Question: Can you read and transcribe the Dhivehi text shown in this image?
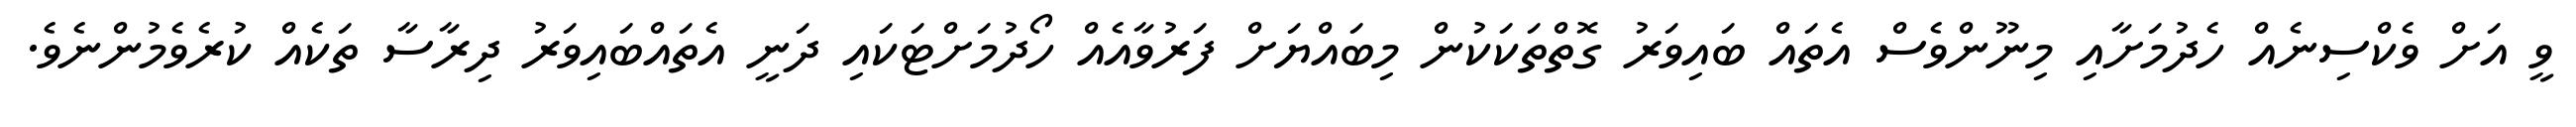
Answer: ވީ އަށް ވެކްސިނެއް ހެދުމަށާއި މިނޫންވެސް އެތައް ބައިވަރު ގޮތްތަކަކުން މިބައްޔަށް ފަރުވާއެއް ހޯދުމަށްޓަކައި ދަނީ އެތައްބައިވަރު ދިރާސާ ތަކެއް ކުރެވެމުންނެވެ.